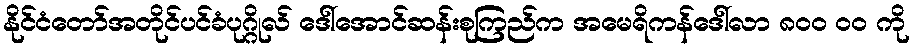
နိုင်ငံတော်အတိုင်ပင်ခံပုဂ္ဂိုလ် ဒေါ်အောင်ဆန်းစုကြည်က အမေရိကန်ဒေါ်လာ ၈၀၀ ၀၀ ကို